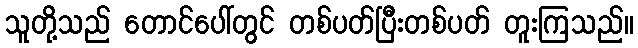
သူတို့သည် တောင်ပေါ်တွင် တစ်ပတ်ပြီးတစ်ပတ် တူးကြသည်။